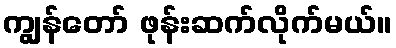
ကျွန်တော် ဖုန်းဆက်လိုက်မယ်။